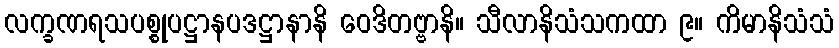
လက္ခဏရသပစ္စုပဋ္ဌာနပဒဋ္ဌာနာနိ ဝေဒိတဗ္ဗာနိ။ သီလာနိသံသကထာ ၉။ ကိမာနိသံသံ